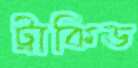
ট্রাকিড